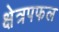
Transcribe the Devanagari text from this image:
क्षेत्रपफल